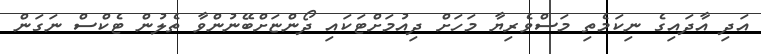
އަދި އާދައިގެ ނިކަމެތި މަސްވެރިޔާ މަހަށް ދިއުމަށްޓަކައި ދޯންޏަށްބޭނުންވާ ތެލުން ޓެކްސް ނަގަން